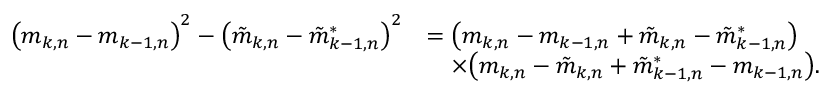
\begin{array} { r l } { \big ( m _ { k , n } - m _ { k - 1 , n } \big ) ^ { 2 } - \big ( \tilde { m } _ { k , n } - \tilde { m } _ { k - 1 , n } ^ { * } \big ) ^ { 2 } } & { = \big ( m _ { k , n } - m _ { k - 1 , n } + \tilde { m } _ { k , n } - \tilde { m } _ { k - 1 , n } ^ { * } \big ) } \\ & { \quad \times \big ( m _ { k , n } - \tilde { m } _ { k , n } + \tilde { m } _ { k - 1 , n } ^ { * } - m _ { k - 1 , n } \big ) . } \end{array}